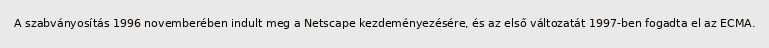
A szabványosítás 1996 novemberében indult meg a Netscape kezdeményezésére, és az első változatát 1997-ben fogadta el az ECMA.